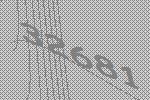
32681